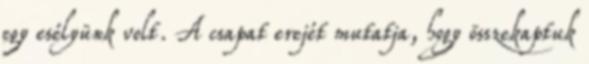
egy esélyünk volt. A csapat erejét mutatja, hogy összekaptuk